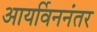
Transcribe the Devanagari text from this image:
आयर्विननंतर